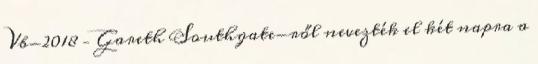
Vb-2018 – Gareth Southgate-ről nevezték el két napra a